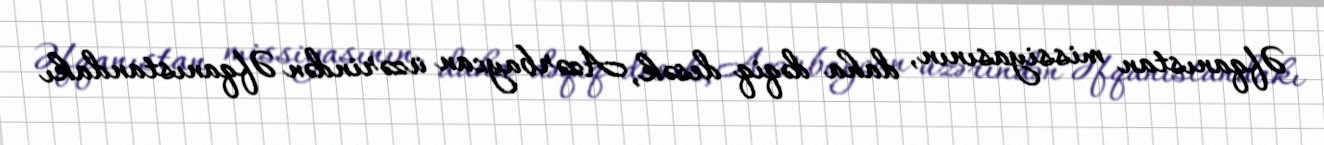
Əfqanıstan missiyasının, daha dəqiq desək, Azərbaycan üzərindən Əfqanıstandakı